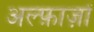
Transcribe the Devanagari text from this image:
अल्फ़ाज़ों